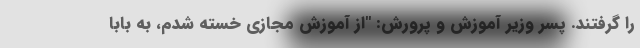
را گرفتند. پسر وزیر آموزش و پرورش: "از آموزش مجازی خسته شدم، به بابا